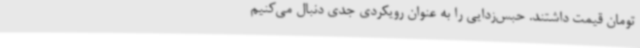
تومان قیمت داشتند. حبس‌زدایی را به عنوان رویکردی جدی دنبال می‌کنیم